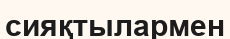
сияқтылармен